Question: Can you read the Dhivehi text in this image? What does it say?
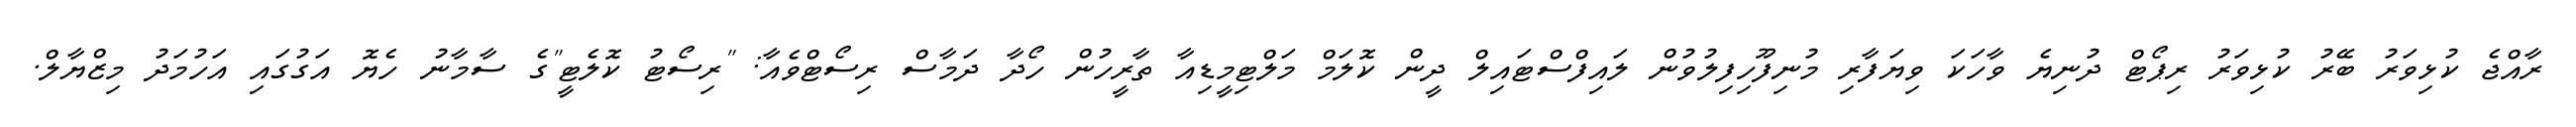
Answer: ރާއްޖެ ކުޅިވަރު ބޭރު ކުޅިވަރު ރިޕޯޓް ދުނިޔެ ވާހަކަ ވިޔަފާރި މުނިފޫހިފިލުވުން ލައިފްސްޓައިލް ދީން ކޮލަމް މަލްޓިމީޑިއާ ތާރީހުން ހޯދާ ދަމާސް ރިސޯޓްވެއާ: "ރިސޯޓު ކޮލެޓީ"ގެ ސާމާނު ހެޔޮ އަގުގައި އަހުމަދު މިޒްޔާލް.